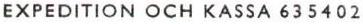
EXPEDITION OCH KASSA 635402